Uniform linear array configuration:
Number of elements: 4
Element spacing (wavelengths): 0.25
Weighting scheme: kaiser
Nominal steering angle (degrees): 45
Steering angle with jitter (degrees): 43.338
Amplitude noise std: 0.05
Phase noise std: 0.05

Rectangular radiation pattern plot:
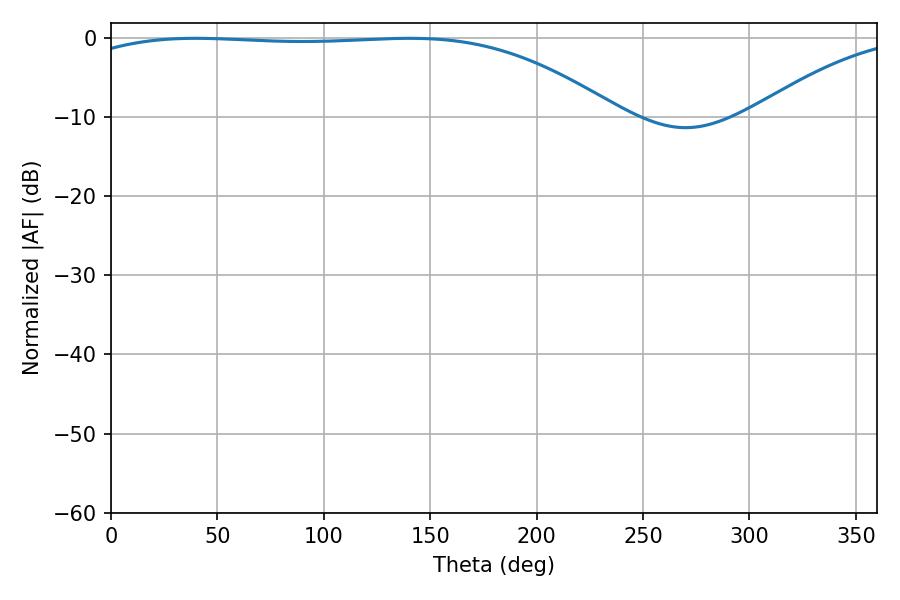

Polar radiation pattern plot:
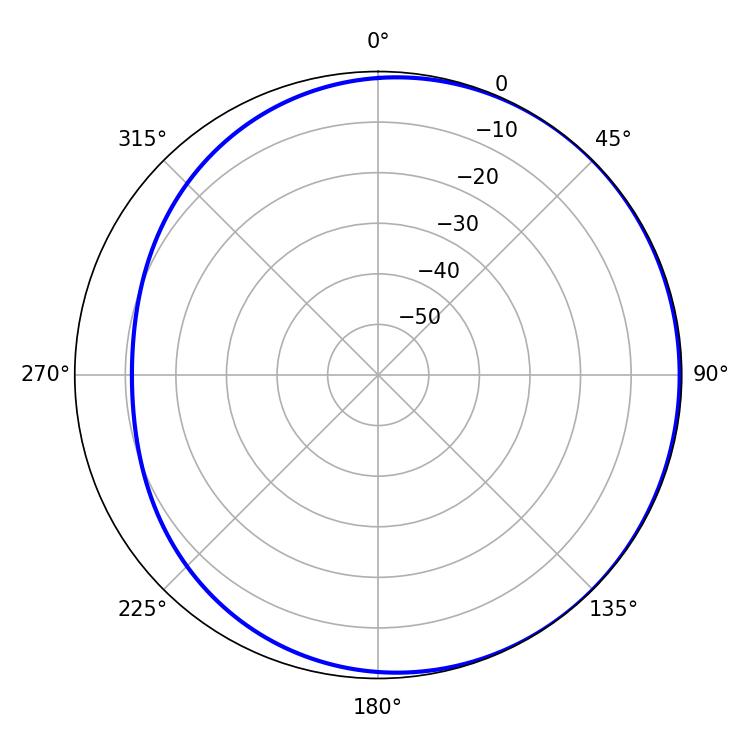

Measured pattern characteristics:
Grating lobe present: FALSE
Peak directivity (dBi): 1.198
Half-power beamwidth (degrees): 198.72
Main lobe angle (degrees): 39.78